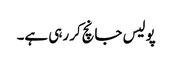
پولیس جانچ‌کر رہی ہے۔